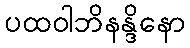
ပထဝါဘိနန္ဒိနော